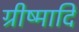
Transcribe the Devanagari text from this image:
ग्रीष्मादि